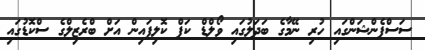
ސަސްޕެންޝަންގައި ހުރި ނޭމާގެ ބަދަލުގައި ވޯލްޑް ކަޕް ކޮލިފައިން އަށް ބްރެޒިލްގެ ސްކޮޑުގައި